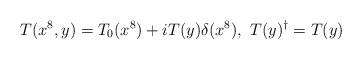
LaTeX: \begin{align*}T(x^8,y)=T_0(x^8)+iT(y)\delta(x^8) , \ T(y)^{\dag}=T(y)\end{align*}